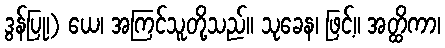
ဒွန်ပြု၊) ယေ၊ အကြင်သူတို့သည်။ သုခေန၊ ဖြင့်။ အတ္ထိကာ၊